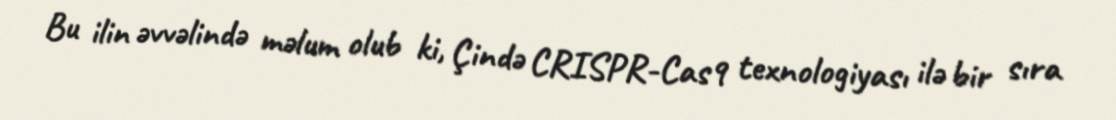
Bu ilin əvvəlində məlum olub ki, Çində CRISPR-Cas9 texnologiyası ilə bir sıra